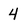
Character: 4